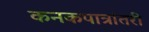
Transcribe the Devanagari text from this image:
कनकपात्रांतरी